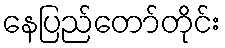
နေပြည်တော်တိုင်း